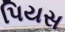
પિયસ